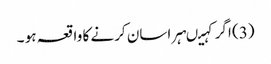
(3) اگر کہیںہراسان کرنے کا واقعہ ہو ۔